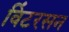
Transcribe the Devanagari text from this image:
विंटरसन